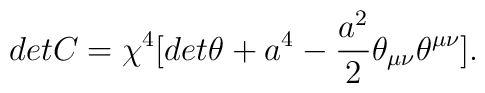
detC={\chi}^4[det{\theta} + a^4 -\frac{a^2}{2}{\theta}_{{\mu}{\nu}}{\theta}^{{\mu}{\nu}}].